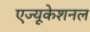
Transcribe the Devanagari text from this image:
एज्यूकेशनल